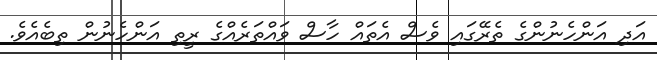
އަދި އަންހެނުންގެ ތެރޭގައި ވެސް އެތައް ހާސް ވައްތަރެއްގެ ރީތި އަންހެނުން ތިބެއެވެ.